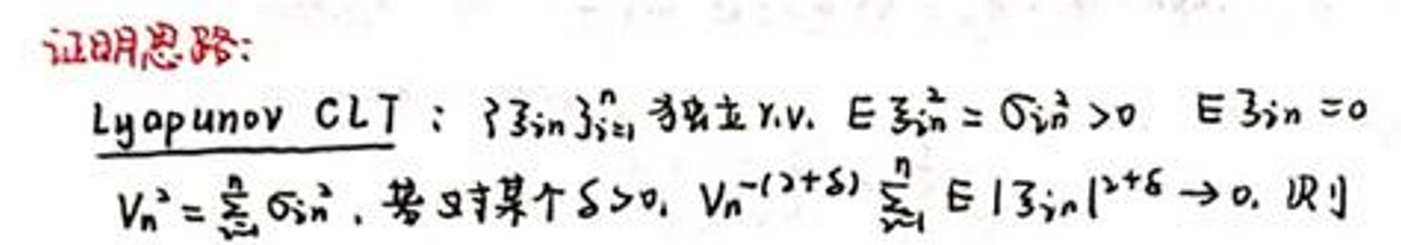
证明思路：
Lyapunov CLT：\(\{\xi_{in}\}_{i = 1}^{n}\) 为独立 r.v. \(E\xi_{in}^{2}=\sigma_{in}^{2}>0\) \(E\xi_{in}=0\)
\(V_{n}^{2}=\sum_{i = 1}^{n}\sigma_{in}^{2}\)，若 \(\exists\) 某个 \(\delta>0\)，\(V_{n}^{-(2 + \delta)}\sum_{i = 1}^{n}E|\xi_{in}|^{2+\delta}\to0\)，则